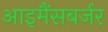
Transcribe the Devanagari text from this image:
आइमैंसबर्जर